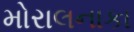
મોરાલનાકા